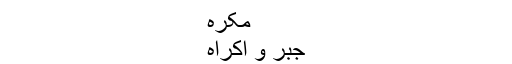
مکرہ
جبر و اکراہ